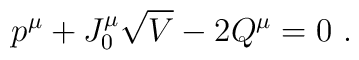
p^{\mu} + J_{0}^{\mu}\sqrt{V} - 2Q^{\mu} = 0  \ .